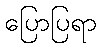
ပြောပြရာ